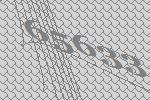
65633